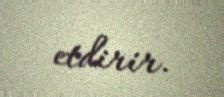
etdirir.